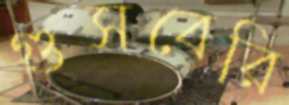
গুসবেরি